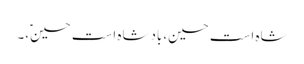
شاہ است حسین،بادشاہ است حسینؑ،۔